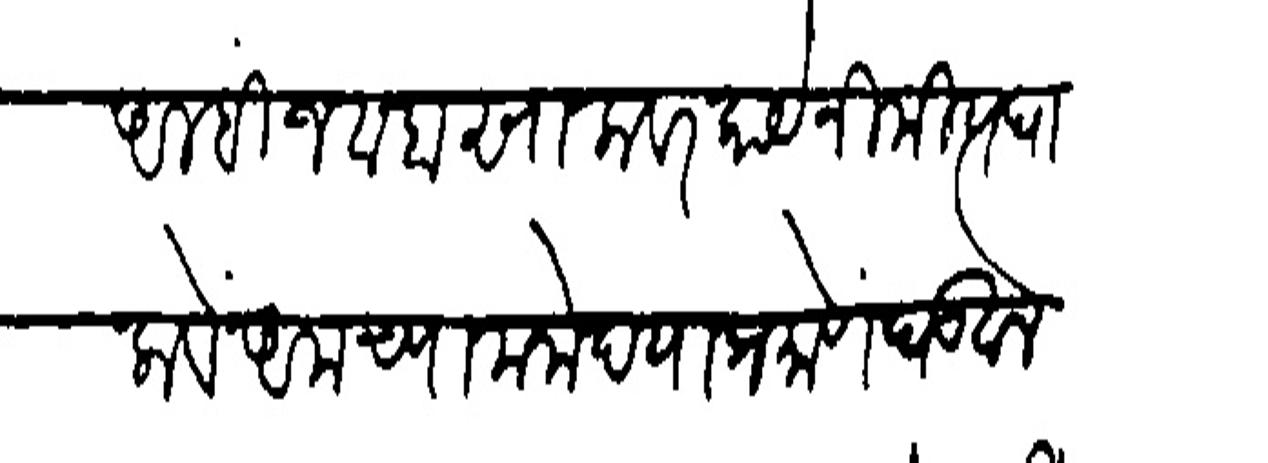
Transliteration (Devanagari): आम्हीं जवाबसालावर काय निमित्य घालावे अमच्या मनोदयाप्रमाणें पडवाल